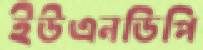
ইউএনডিপি